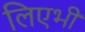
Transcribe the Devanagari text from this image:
लिएभी